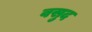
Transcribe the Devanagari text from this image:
वसुद